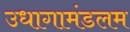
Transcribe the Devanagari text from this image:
उधागामंडलम